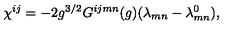
\chi ^ { i j } = - 2 g ^ { 3 / 2 } G ^ { i j m n } ( g ) ( \lambda _ { m n } - \lambda _ { m n } ^ { 0 } ) ,